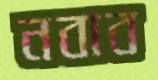
নবাব